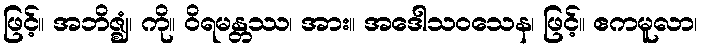
ဖြင့်။ အဘိဇ္ဈံ၊ ကို။ ဝိရမန္တဿ၊ အား။ အဒေါသဝသေန၊ ဖြင့်။ ဧကမူလာ၊